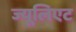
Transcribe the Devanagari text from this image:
ज्यूलिएट